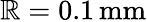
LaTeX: \mathbb{R}=0.1\, \mathrm{{mm}}